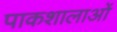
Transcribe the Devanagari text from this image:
पाकशालाओं